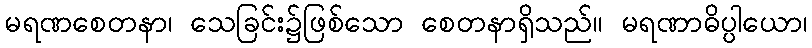
မရဏစေတနာ၊ သေခြင်း၌ဖြစ်သော စေတနာရှိသည်။ မရဏာဓိပ္ပါယော၊